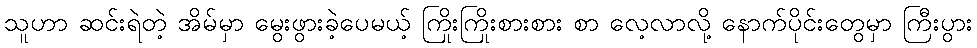
သူဟာ ဆင်းရဲတဲ့ အိမ်မှာ မွေးဖွားခဲ့ပေမယ့် ကြိုးကြိုးစားစား စာ လေ့လာလို့ နောက်ပိုင်းတွေမှာ ကြီးပွား